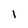
Character: l